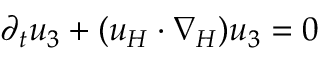
\partial _ { t } u _ { 3 } + ( u _ { H } \cdot \nabla _ { H } ) u _ { 3 } = 0